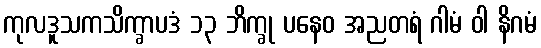
ကုလဒူသကသိက္ခာပဒံ ၁၃ ဘိက္ခု ပနေဝ အညတရံ ဂါမံ ဝါ နိဂမံ